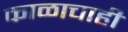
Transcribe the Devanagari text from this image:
काळाचाही